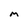
Character: M